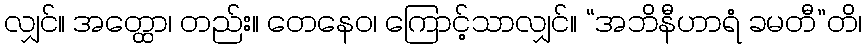
လျှင်။ အတ္ထော၊ တည်း။ တေနေဝ၊ ကြောင့်သာလျှင်။ “အဘိနီဟာရံ ခမတီ”တိ၊